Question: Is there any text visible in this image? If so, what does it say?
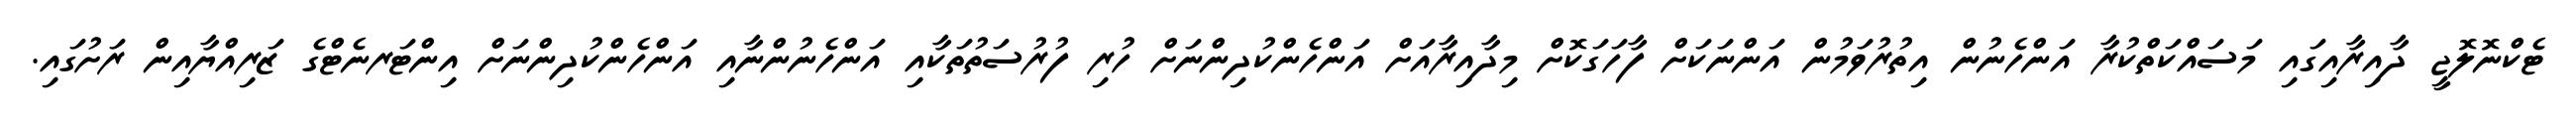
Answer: ޓެކްނޮލޮޖީ ދާއިރާއިގައި މަސައްކަތްކުރާ އަންހެނުން އިތުރުވަމުން އަންނަކަށް ފާހަގަކޮށް މިދާއިރާއަށް އަންހެންކުދިންނަށް ހުރި ފުރުސަތުތަކާއި އަންހެނުންނާއި އަންހެންކުދިންނަށް އިންޓަރނެޓްގެ ޒަރިއްޔާއިން ރަށުގައި.